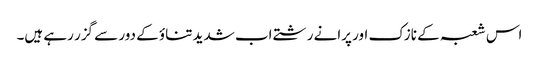
اس شعبہ کے نازک اور پرانے رشتے اب شدید تناؤ کے دور سے گزر رہے ہیں۔